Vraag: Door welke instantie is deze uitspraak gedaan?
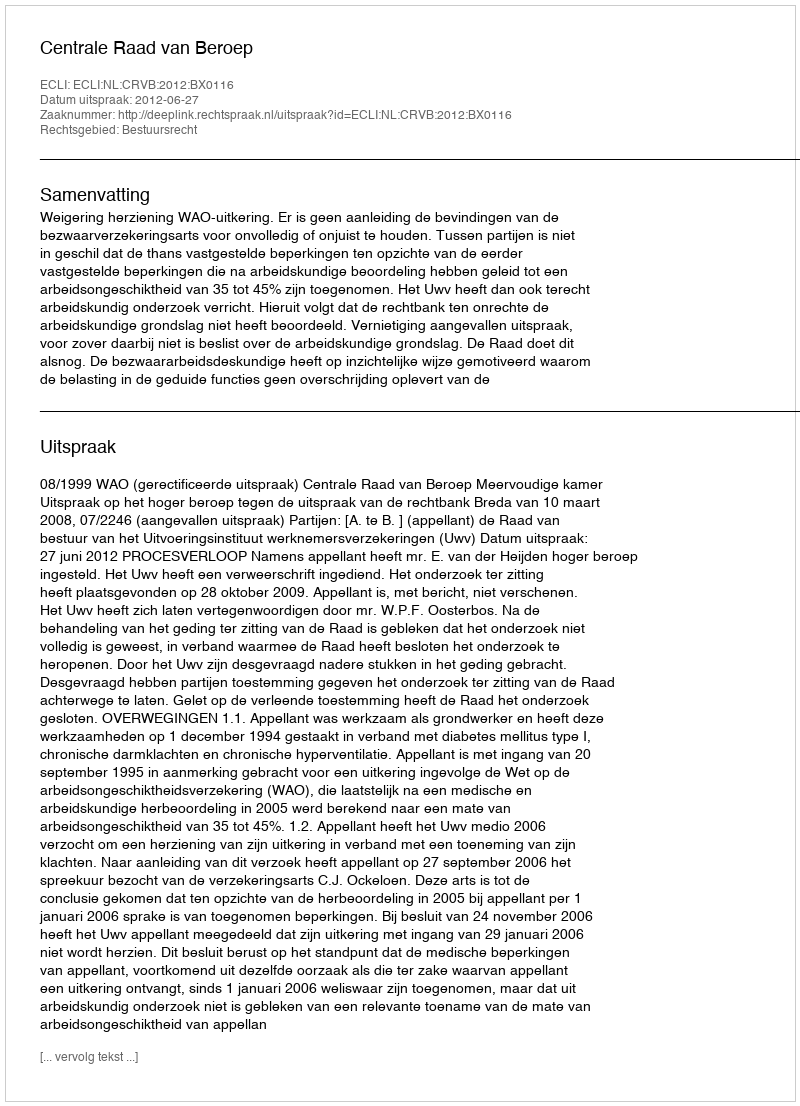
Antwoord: Centrale Raad van Beroep